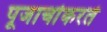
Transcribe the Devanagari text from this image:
पूजार्चाकरते